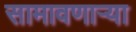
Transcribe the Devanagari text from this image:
सामावणाऱ्या